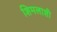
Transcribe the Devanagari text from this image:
शिमलाशी